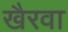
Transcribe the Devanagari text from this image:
खैरवा